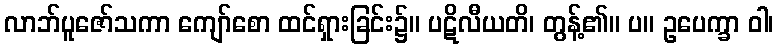
လာဘ်ပူဇော်သကာ ကျော်စော ထင်ရှားခြင်း၌။ ပဋိလီယတိ၊ တွန့်၏။ ပ။ ဥပေက္ခာ ဝါ၊